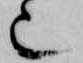
也